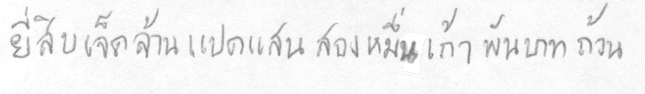
ยี่สิบเจ็ดล้านแปดแสนสองหมื่นเก้าพันบาทถ้วน